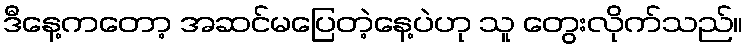
ဒီနေ့ကတော့ အဆင်မပြေတဲ့နေ့ပဲဟု သူ တွေးလိုက်သည်။